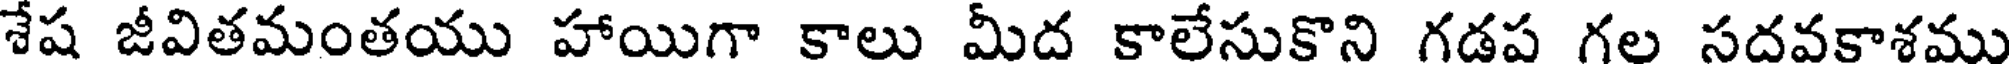
శేష జీవితమంతయు హాయిగా కాలు మీద కాలేసుకొని గడప గల సదవకాశము